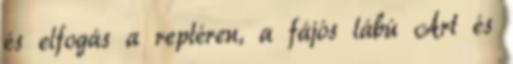
és elfogás a reptéren, a fájós lábú Art és